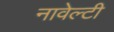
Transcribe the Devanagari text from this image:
नावेल्टी